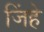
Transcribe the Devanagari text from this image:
जिंहे